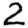
Digit: 2